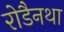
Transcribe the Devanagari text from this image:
रोडैनथा